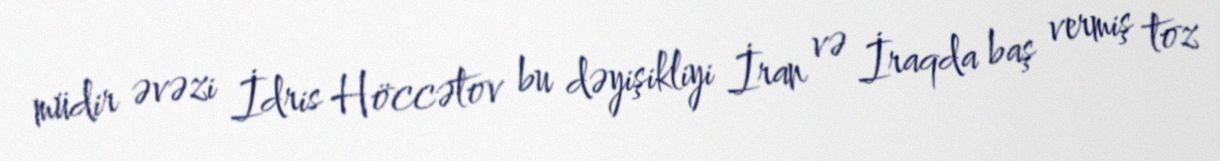
müdir əvəzi İdris Höccətov bu dəyişikliyi İran və İraqda baş vermiş toz